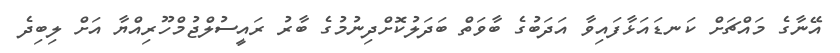
އޭނާގެ މައްޗަށް ކަނޑައަޅާފައިވާ އަދަބުގެ ބާވަތް ބަދަލުކޮށްދިނުމުގެ ބާރު ރައީސުލްޖުމްހޫރިއްޔާ އަށް ލިބިދެ